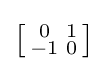
\left[{\begin{smallmatrix}0&1\\-1&0\\\end{smallmatrix}}\right]